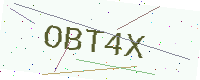
Text: OBT4X